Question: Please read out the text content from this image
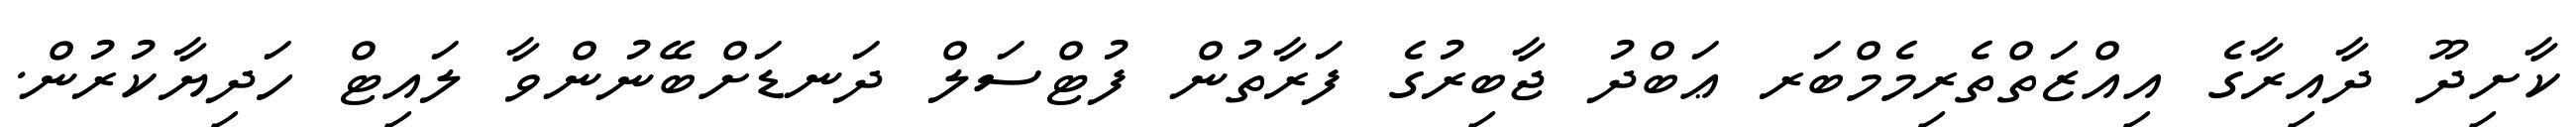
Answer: ކާށިދޫ ދާއިރާގެ އިއްޒަތްތެރިމެމްބަރ ޢަބްދު ޖާބިރުގެ ފަރާތުން ފުޓްސަލް ދަނޑަށްބޭނުންވާ ލައިޓް ހަދިޔާކުރުން.